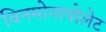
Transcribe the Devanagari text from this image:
विनमोनापोलेट